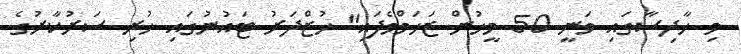
މި ހާދިސާގައި ވަނީ 50 މީހުން ޒަޚަމްވެފައި" ޚުޒްދަރު ޓައުނުގައި ހުރި ސަރުކާރުގެ